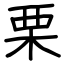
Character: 栗